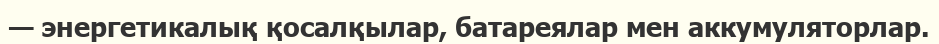
— энергетикалық қосалқылар, батареялар мен аккумуляторлар.